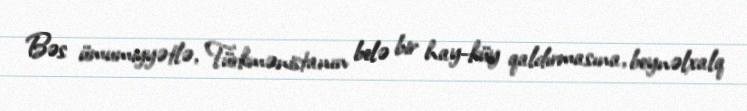
Bəs ümumiyyətlə, Türkmənistanın belə bir hay-küy qaldırmasına, beynəlxalq